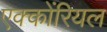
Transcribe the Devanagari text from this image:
एक्कोंरियल